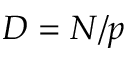
D = N / p